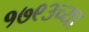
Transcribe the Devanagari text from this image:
१७९३च्या